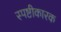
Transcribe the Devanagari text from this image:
स्पष्टीकारक